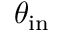
\theta _ { \mathrm { i n } }